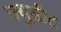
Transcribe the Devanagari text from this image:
ज्युडीट